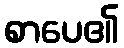
စာပေ၏